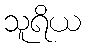
သူရိယ